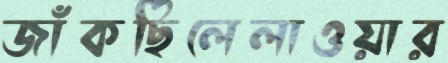
জাঁকছিলেলাওয়ার